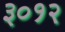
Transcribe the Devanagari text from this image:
३०१२